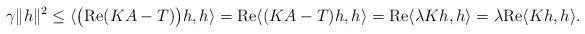
LaTeX: \begin{align*}\gamma\|h\|^2\leq \langle\big(\mathrm{Re}(KA-T)\big)h,h\rangle=\mathrm{Re}\langle(KA-T)h,h\rangle=\mathrm{Re}\langle \lambda Kh,h\rangle=\lambda \mathrm{Re}\langle Kh,h\rangle.\end{align*}